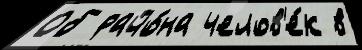
Об райо́на челов'е́к в